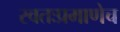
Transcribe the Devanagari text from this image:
स्वतःप्रमाणेच